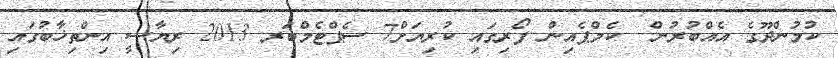
ކުމުންދޫގެ އެއްބުރުން  ކެމްޕެއިން ފޯރިގައި ކުރިޔަށް7 ސެޕްޓެމްބަރ 2013 ރިޔާސީ އިންތިޚާބުގައި